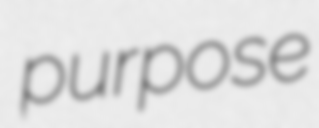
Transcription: purpose